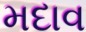
મદાવ